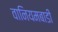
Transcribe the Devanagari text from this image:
वानियमबाडी